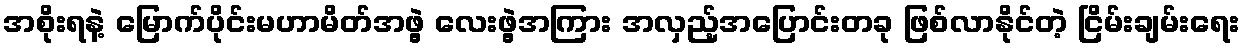
အစိုးရနဲ့ မြောက်ပိုင်းမဟာမိတ်အဖွဲ့ လေးဖွဲ့အကြား အလှည့်အပြောင်းတခု ဖြစ်လာနိုင်တဲ့ ငြိမ်းချမ်းရေး